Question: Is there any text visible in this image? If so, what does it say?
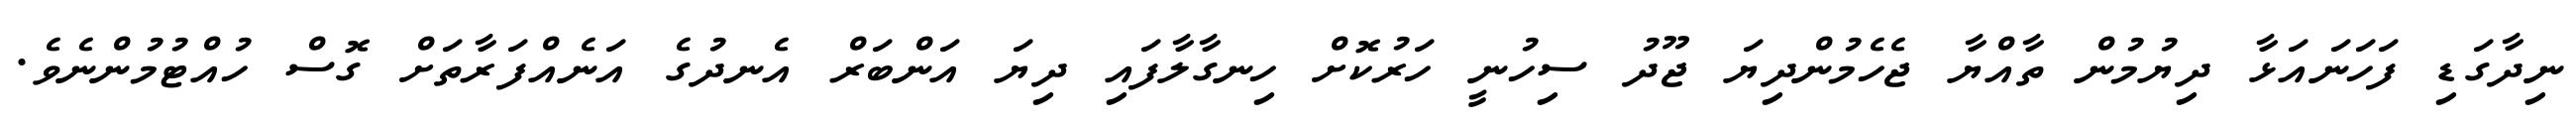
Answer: ނިދާގަޑި ފަހަނައަޅާ ދިޔުމުން ތާއްޔާ ޖެހެމުންދިޔަ ޖޫދު ސިހުނީ ހަރުކޮށް ހިނގާލާފައި ދިޔަ އަންބަރް އެނދުގެ އަނެއްފަރާތަށް ގޮސް ހުއްޓުމުންނެވެ.